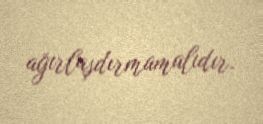
ağırlaşdırmamalıdır.